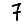
Digit: 7